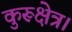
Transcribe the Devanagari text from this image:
कुरूक्षेत्र।